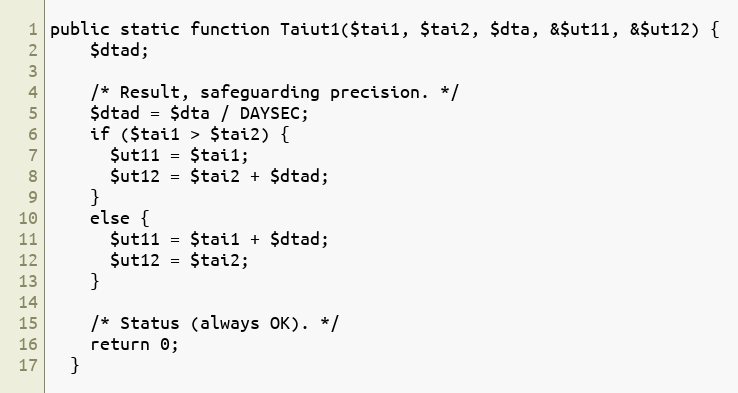
Language: PHP
public static function Taiut1($tai1, $tai2, $dta, &$ut11, &$ut12) {
    $dtad;

    /* Result, safeguarding precision. */
    $dtad = $dta / DAYSEC;
    if ($tai1 > $tai2) {
      $ut11 = $tai1;
      $ut12 = $tai2 + $dtad;
    }
    else {
      $ut11 = $tai1 + $dtad;
      $ut12 = $tai2;
    }

    /* Status (always OK). */
    return 0;
  }